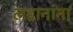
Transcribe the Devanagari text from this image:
लहानांना